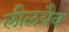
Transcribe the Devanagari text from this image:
लीलयैव